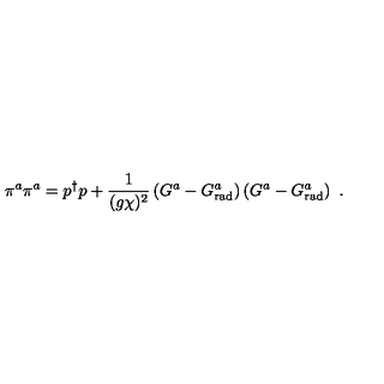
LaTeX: \pi ^ { a } \pi ^ { a } = p ^ { \dagger } p + \frac { 1 } { ( g \chi ) ^ { 2 } } \left( G ^ { a } - G _ { \mathrm { r a d } } ^ { a } \right) \left( G ^ { a } - G _ { \mathrm { r a d } } ^ { a } \right) \ .